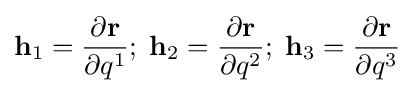
\mathbf {h} _{1}={\dfrac {\partial \mathbf {r} }{\partial q^{1}}};\;\mathbf {h} _{2}={\dfrac {\partial \mathbf {r} }{\partial q^{2}}};\;\mathbf {h} _{3}={\dfrac {\partial \mathbf {r} }{\partial q^{3}}}